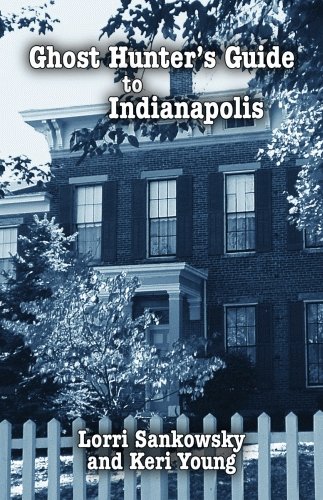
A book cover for Ghost Hunter's Guide to Indianapolis; Lorri Sankowsky; Travel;